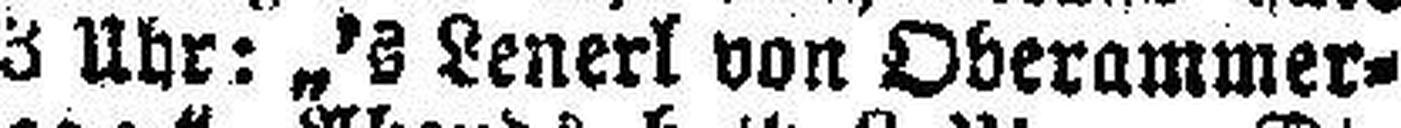
3 Uhr: „### Lene###l von Oberammer¬